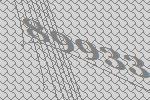
89933